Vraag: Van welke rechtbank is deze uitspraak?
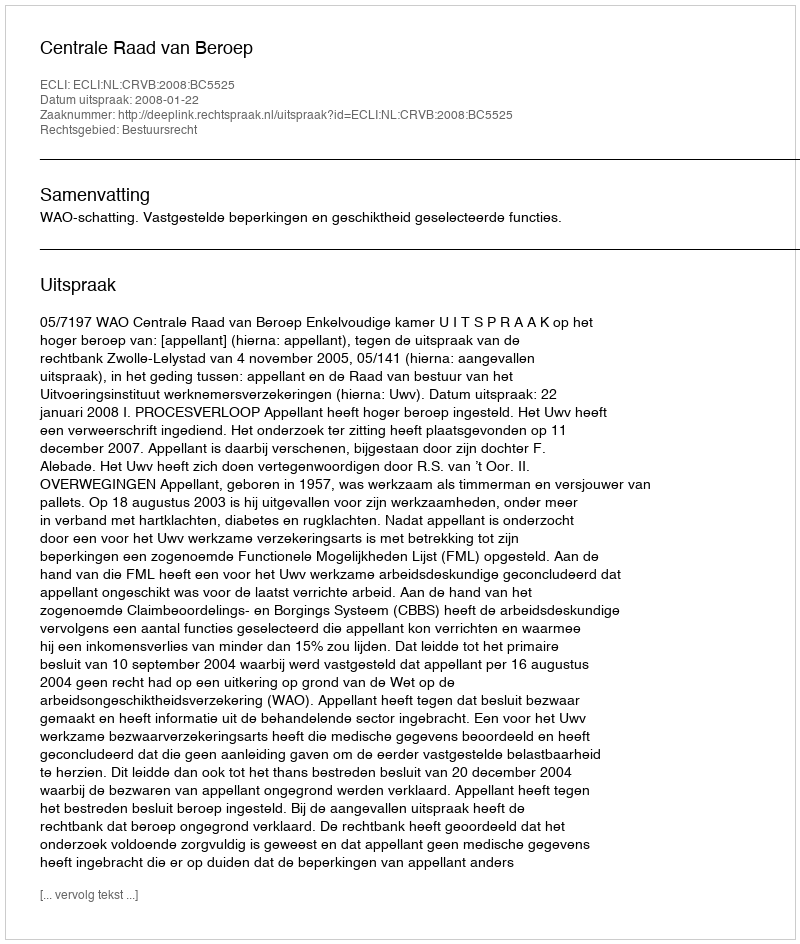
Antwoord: Centrale Raad van Beroep